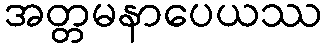
အတ္တမနာပေယဿ